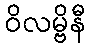
ဝိလမ္ဗိနီ